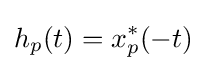
h_{p}(t)=x_{p}^{*}(-t)